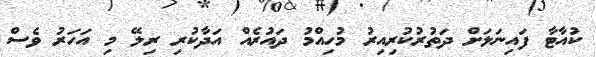
ކުއާޓާ ފައިނަލަށް ދަތުރުކުރިއިރު މުހިއްމު ދައުރެއް އަދާކުރި ރިލޭ މި އަހަރު ވެސް